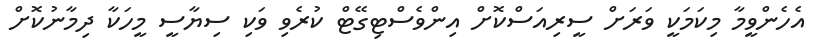
އެހެންވީމާ މިކަމަކީ ވަރަށް ސީރިއަސްކޮށް އިންވެސްޓިގޭޓް ކުރެވި ވަކި ސިޔާސީ މީހަކާ ދިމާނުކޮށް